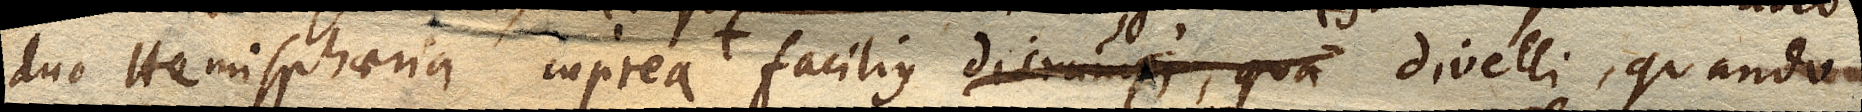
duo Hemisphaeria cuprea facilius divelli, quando